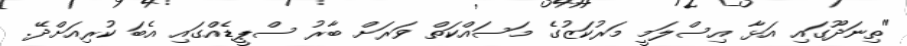
"ތިނަދޫގައި އަޅާ އިސްލަމީ މަރުކަޒުގެ މަސައްކަތް ވަރަށް ބާރު ސްޕީޑެއްގައި އެބަ ކުރިއަށްދޭ.